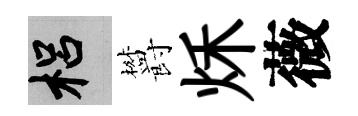
梠欝秌薇